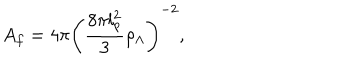
A _ { f } = 4 \pi \left( \frac { 8 \pi l _ { p } ^ { 2 } } { 3 } \rho _ { \Lambda } \right) ^ { - 2 } ,